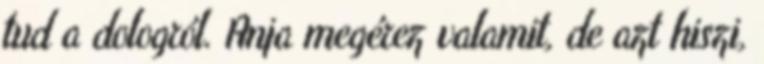
tud a dologról. Anja megérez valamit, de azt hiszi,